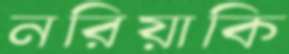
নরিয়াকি